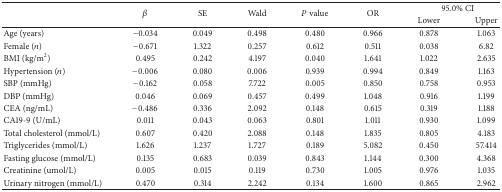
| <ROWSPAN=2>  | <ROWSPAN=2> β | <ROWSPAN=2> SE | <ROWSPAN=2> Wald | <ROWSPAN=2> P value | <ROWSPAN=2> OR | <COLSPAN=2> 95.0% CI |
 | Lower | Upper |
 | --- | --- | --- | --- | --- | --- | --- | --- |
 | Age (years) | −0.034 | 0.049 | 0.498 | 0.480 | 0.966 | 0.878 | 1.063 |
 | Female (n) | −0.671 | 1.322 | 0.257 | 0.612 | 0.511 | 0.038 | 6.82 |
 | BMI (kg/m2) | 0.495 | 0.242 | 4.197 | 0.040 | 1.641 | 1.022 | 2.635 |
 | Hypertension (n) | −0.006 | 0.080 | 0.006 | 0.939 | 0.994 | 0.849 | 1.163 |
 | SBP (mmHg) | −0.162 | 0.058 | 7.722 | 0.005 | 0.850 | 0.758 | 0.953 |
 | DBP (mmHg) | 0.046 | 0.069 | 0.457 | 0.499 | 1.048 | 0.916 | 1.199 |
 | CEA (ng/mL) | −0.486 | 0.336 | 2.092 | 0.148 | 0.615 | 0.319 | 1.188 |
 | CA19-9 (U/mL) | 0.011 | 0.043 | 0.063 | 0.801 | 1.011 | 0.930 | 1.099 |
 | Total cholesterol (mmol/L) | 0.607 | 0.420 | 2.088 | 0.148 | 1.835 | 0.805 | 4.183 |
 | Triglycerides (mmol/L) | 1.626 | 1.237 | 1.727 | 0.189 | 5.082 | 0.450 | 57.414 |
 | Fasting glucose (mmol/L) | 0.135 | 0.683 | 0.039 | 0.843 | 1.144 | 0.300 | 4.368 |
 | Creatinine (umol/L) | 0.005 | 0.015 | 0.119 | 0.730 | 1.005 | 0.976 | 1.035 |
 | Urinary nitrogen (mmol/L) | 0.470 | 0.314 | 2.242 | 0.134 | 1.600 | 0.865 | 2.962 |